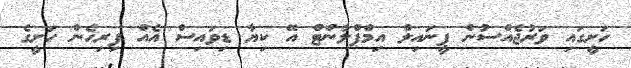
ހަށީގައި ވަރުޖެއްސުން ޕީނައިލް އިމްޕްލާންޓް އޭ ކިޔާ ޑިވައިސް އެއް ފިރިހެން ހަށީގެ